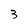
Character: 3